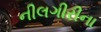
નીલગીરીના